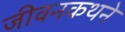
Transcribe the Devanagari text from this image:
जीवनकथने